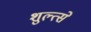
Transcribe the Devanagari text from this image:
शुल्त्से